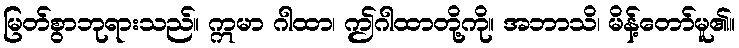
မြတ်စွာဘုရားသည်။ ဣမာ ဂါထာ၊ ဤဂါထာတို့ကို။ အဘာသိ၊ မိန့်တော်မူ၏။